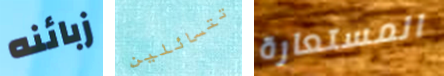
زبائنه تتسائلين المستعارة